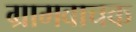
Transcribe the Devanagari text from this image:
ग्रामवाचक